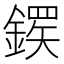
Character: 𬫸